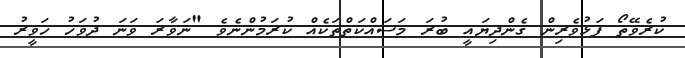
ކުރެވޭތޯ ފަޅުވެރިން ގެންދިޔައީ ބުރަ މަސައްކަތްތަކެއް ކުރަމުންނެވެ "ނަވާރަ ވަނަ ދުވަހު ހަވީރު